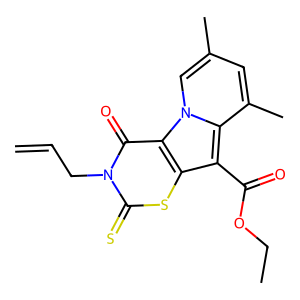
SMILES: C=CCn1c(=S)sc2c(C(=O)OCC)c3c(C)cc(C)cn3c2c1=O
Inhibits HIV replication: No